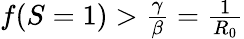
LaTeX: \begin{array}{r}{f(S=1)>\frac{\gamma}{\beta}=\frac{1}{R_{0}}}\end{array}